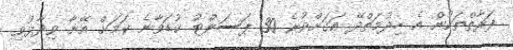
ފަރާތްތަކުން އެ ހިދުމަތްދޭ އަގަށްވުރެ 30 ޕަސަންޓު ކުޑަވާނެ ކަމަށް އޭނާ ވިދާޅުވި